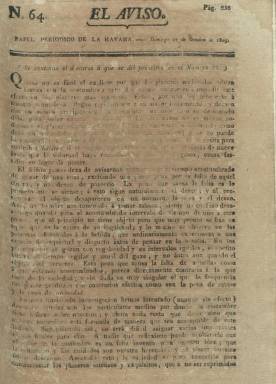
Título: El Aviso (La Havana)
Otros títulos: Papel periódico de La Havana || Papel periódico de La Habana || Aviso de la Habana
Colección: Gacetas
Ámbito geográfico: Cuba
Lugar de publicación: La Havana
Fechas: 27/10/1805-20/02/1810

El dos de junio de 1805, Papel periódico de La Havana (1790-1805) pasa a ser el subtítulo del nuevo título El Aviso, apareciendo este también los martes, además de los jueves y domingos como lo venía haciendo su antecesor. Seguirá siendo editado por la Real Sociedad Económica de Amigos del País, y redactado por sus principales integrantes, en números de cuatro páginas, estampadas a una y dos columnas, sin pie de imprenta (aunque lo sea en la del Gobierno) y con la misma indicación “Con permiso del Superior Gobierno”. En esta primera década del siglo XIX, el periódico oficioso cubano ya contará con la competencia de casi una decena de otros periódicos en la isla antillana, entre ellos Miscelánea Literaria (1806), que mostró hostilidad contra el mismo.

Como los periódicos de la época, comienza cada entrega con el santoral y unas notas meteorológicas, para a continuación insertar artículos, algunos reproducidos de otros periódicos, así como noticias tanto extranjeras como locales, y sus secciones referidas a nombramientos de cargos oficiales, movimiento portuario, notas teatrales y de obras bibliográficas, o anuncios de pérdidas, ventas y compras de productos (alhajas o muebles), o animales, pero también de esclavos y esclavas (así como búsquedas de prófugas), vacunaciones, o la denominada “Ocurrencias del día”. Como su antecesor, sus artículos serán de costumbres, moral, música, educación, adelantos agrícolas, e inserta también notas sobre ciencias e historia, y composiciones poéticas, letrillas y fábulas.

Su principal redactor o director será el bachiller en Filosofía y abogado Tomás Agustín Cervantes y Castro Palomino (1782-1848), quien, siguiendo la moda de la época, utilizará el seudónimo El Reparón; y entre sus principales colaboradores figuran Tomás Romay y Chacón y Manuel Zequeira y Arango (que utiliza el de Marquez Nueyas, Arnezio Garaique o Armenan Queizel, entre otros ), además de Mario Ortiz (Ramiro Nazito), J.B. de Arazoza (El Patán Marrajo), Joseph Antonio de la Ossa, Ciriaco Arango, Miguel de Arriaga o J. Hernández.

El tres de enero de 1809, modifica de nuevo su título, para denominarse El Aviso de La Habana, adoptando por vez primera la letra b por la v en el nombre de la capital isleña, y el subtítulo: “papel periódico literario-económico”. Continúa teniendo la misma periodicidad y la misma variedad de contenidos. Cervantes firma bajo el seudónimo El Redactor, y a sus anteriores colaboradores añade ahora a Juan Bernardo O’Gavan y Guerra y al guatemalteco Simón Bergaño y Villegas. Aparecen también otros seudónimos, como Un Patriota-y versos de los españoles Juan Nicasio Gallego y Juan Bautista de Arriaza.

El Aviso contaba entre sus lectores con un 54% de suscriptores militares, superando a los cargos públicos y funcionarios en 18 puntos porcentuales. En los años previos a la invasión napoleónica de la península Ibérica, los ánimos en Cuba fueron exaltándose y cada vez más se reprodujeron expresiones contrarias a las autoridades metropolitanas, y un ejemplo de esto lo encontraremos en unos versos de El Aviso, del domingo 2 de agosto de 1807 (Vázquez Cienfuegos: 2007).

La colección de este título en la Biblioteca Nacional de España, aunque supera el centenar de números, no está completa.

El uno de septiembre de 1810 este periódico modificará de nuevo su título para denominarse Diario de La Habana, que también dirigirá Tomás Agustín Cervantes.

Fermín Peraza Sarausa publicó, en 1944, los índices de El Aviso (1805-1808) y de El Aviso de La Habana (1809-1810), en los tomos 5 y 7, respectivamente, de la colección Biblioteca del Bibliotecario, editada por el Anuario Bibliográfico Cubano.